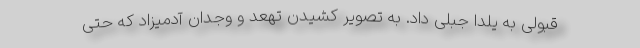
قبولی به یلدا جبلی داد. به تصویر کشیدن تهعد و وجدان آدمیزاد که حتی